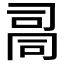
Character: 𰇾